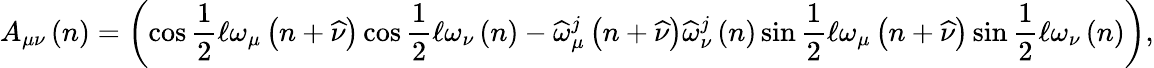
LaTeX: A_{\mu\nu}\left(n\right)=\left(\cos\frac{1}{2}\mathcal{\ell}\omega_{\mu}\left(n+\widehat{\nu}\right)\cos\frac{1}{2}\mathcal{\ell}\omega_{\nu}\left(n\right)-\widehat{\omega}_{\mu}^{j}\left(n+\widehat{\nu}\right)\widehat{\omega}_{\nu}^{j}\left(n\right)\sin\frac{1}{2}\mathcal{\ell}\omega_{\mu}\left(n+\widehat{\nu}\right)\sin\frac{1}{2}\mathcal{\ell}\omega_{\nu}\left(n\right)\right),